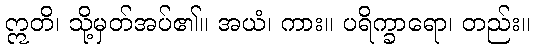
ဣတိ၊ သို့မှတ်အပ်၏။ အယံ၊ ကား။ ပရိက္ခာရော၊ တည်း။